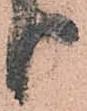
り